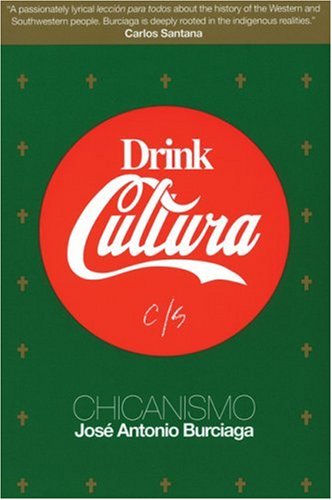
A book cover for Drink Cultura: Chicanismo; JosÃ© Antonio Burciaga; Literature & Fiction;